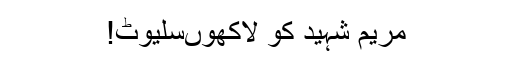
مریم شہید کو لاکھوںسلیوٹ!